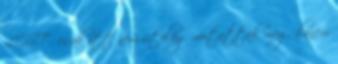
LOST , csak itt nem utólag mutatták meg, hanem